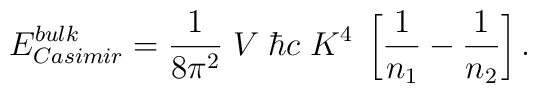
E^{\small bulk}_{\small Casimir} = {1\over8\pi^2} \; V \; \hbar c \; K^4 \;\left[{1\over n_1} - {1\over n_2} \right].